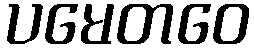
ပမေတဝေ